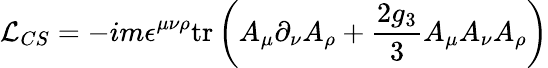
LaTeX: \mathcal{L}_{CS}=-im\epsilon^{\mu\nu\rho}\mathrm{tr}\left(A_{\mu}\partial_{\nu}A_{\rho}+\frac{2g_{3}}{3}A_{\mu}A_{\nu}A_{\rho}\right)